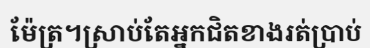
ម៉ែត្រ។ស្រាប់តែអ្នកជិតខាងរត់ប្រាប់